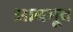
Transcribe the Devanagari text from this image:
आबभूव